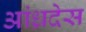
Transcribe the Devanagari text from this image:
आंध्रदेस